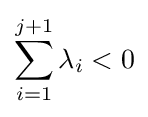
\sum _{i=1}^{j+1}\lambda _{i}<0